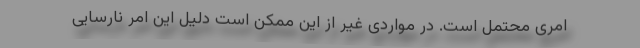
امری محتمل است. در مواردی غیر از این ممکن است دلیل این امر نارسایی